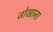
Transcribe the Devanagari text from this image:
जोखाना